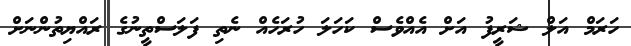
ހަރަމް އަލް ޝަރީފު އަށް އެއްވެސް ކަހަލަ ހުރަހެއް ނެތި ފަލަސްތީނުގެ ރައްޔިތުންނަށް